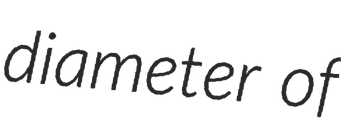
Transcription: diameter of